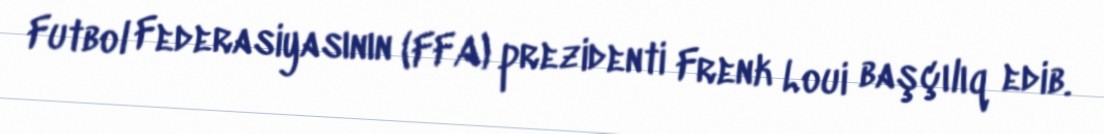
Futbol Federasiyasının (FFA) prezidenti Frenk Loui başçılıq edib.